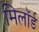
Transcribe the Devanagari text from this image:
मिलॉर्ड